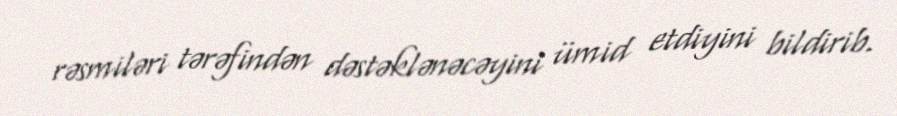
rəsmiləri tərəfindən dəstəklənəcəyini ümid etdiyini bildirib.